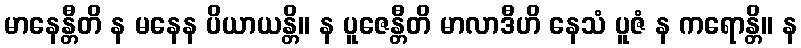
မာနေန္တီတိ န မနေန ပိယာယန္တိ။ န ပူဇေန္တီတိ မာလာဒီဟိ နေသံ ပူဇံ န ကရောန္တိ။ န